Eesti_Vabariigi_Tartu_Ulikool, lk 4
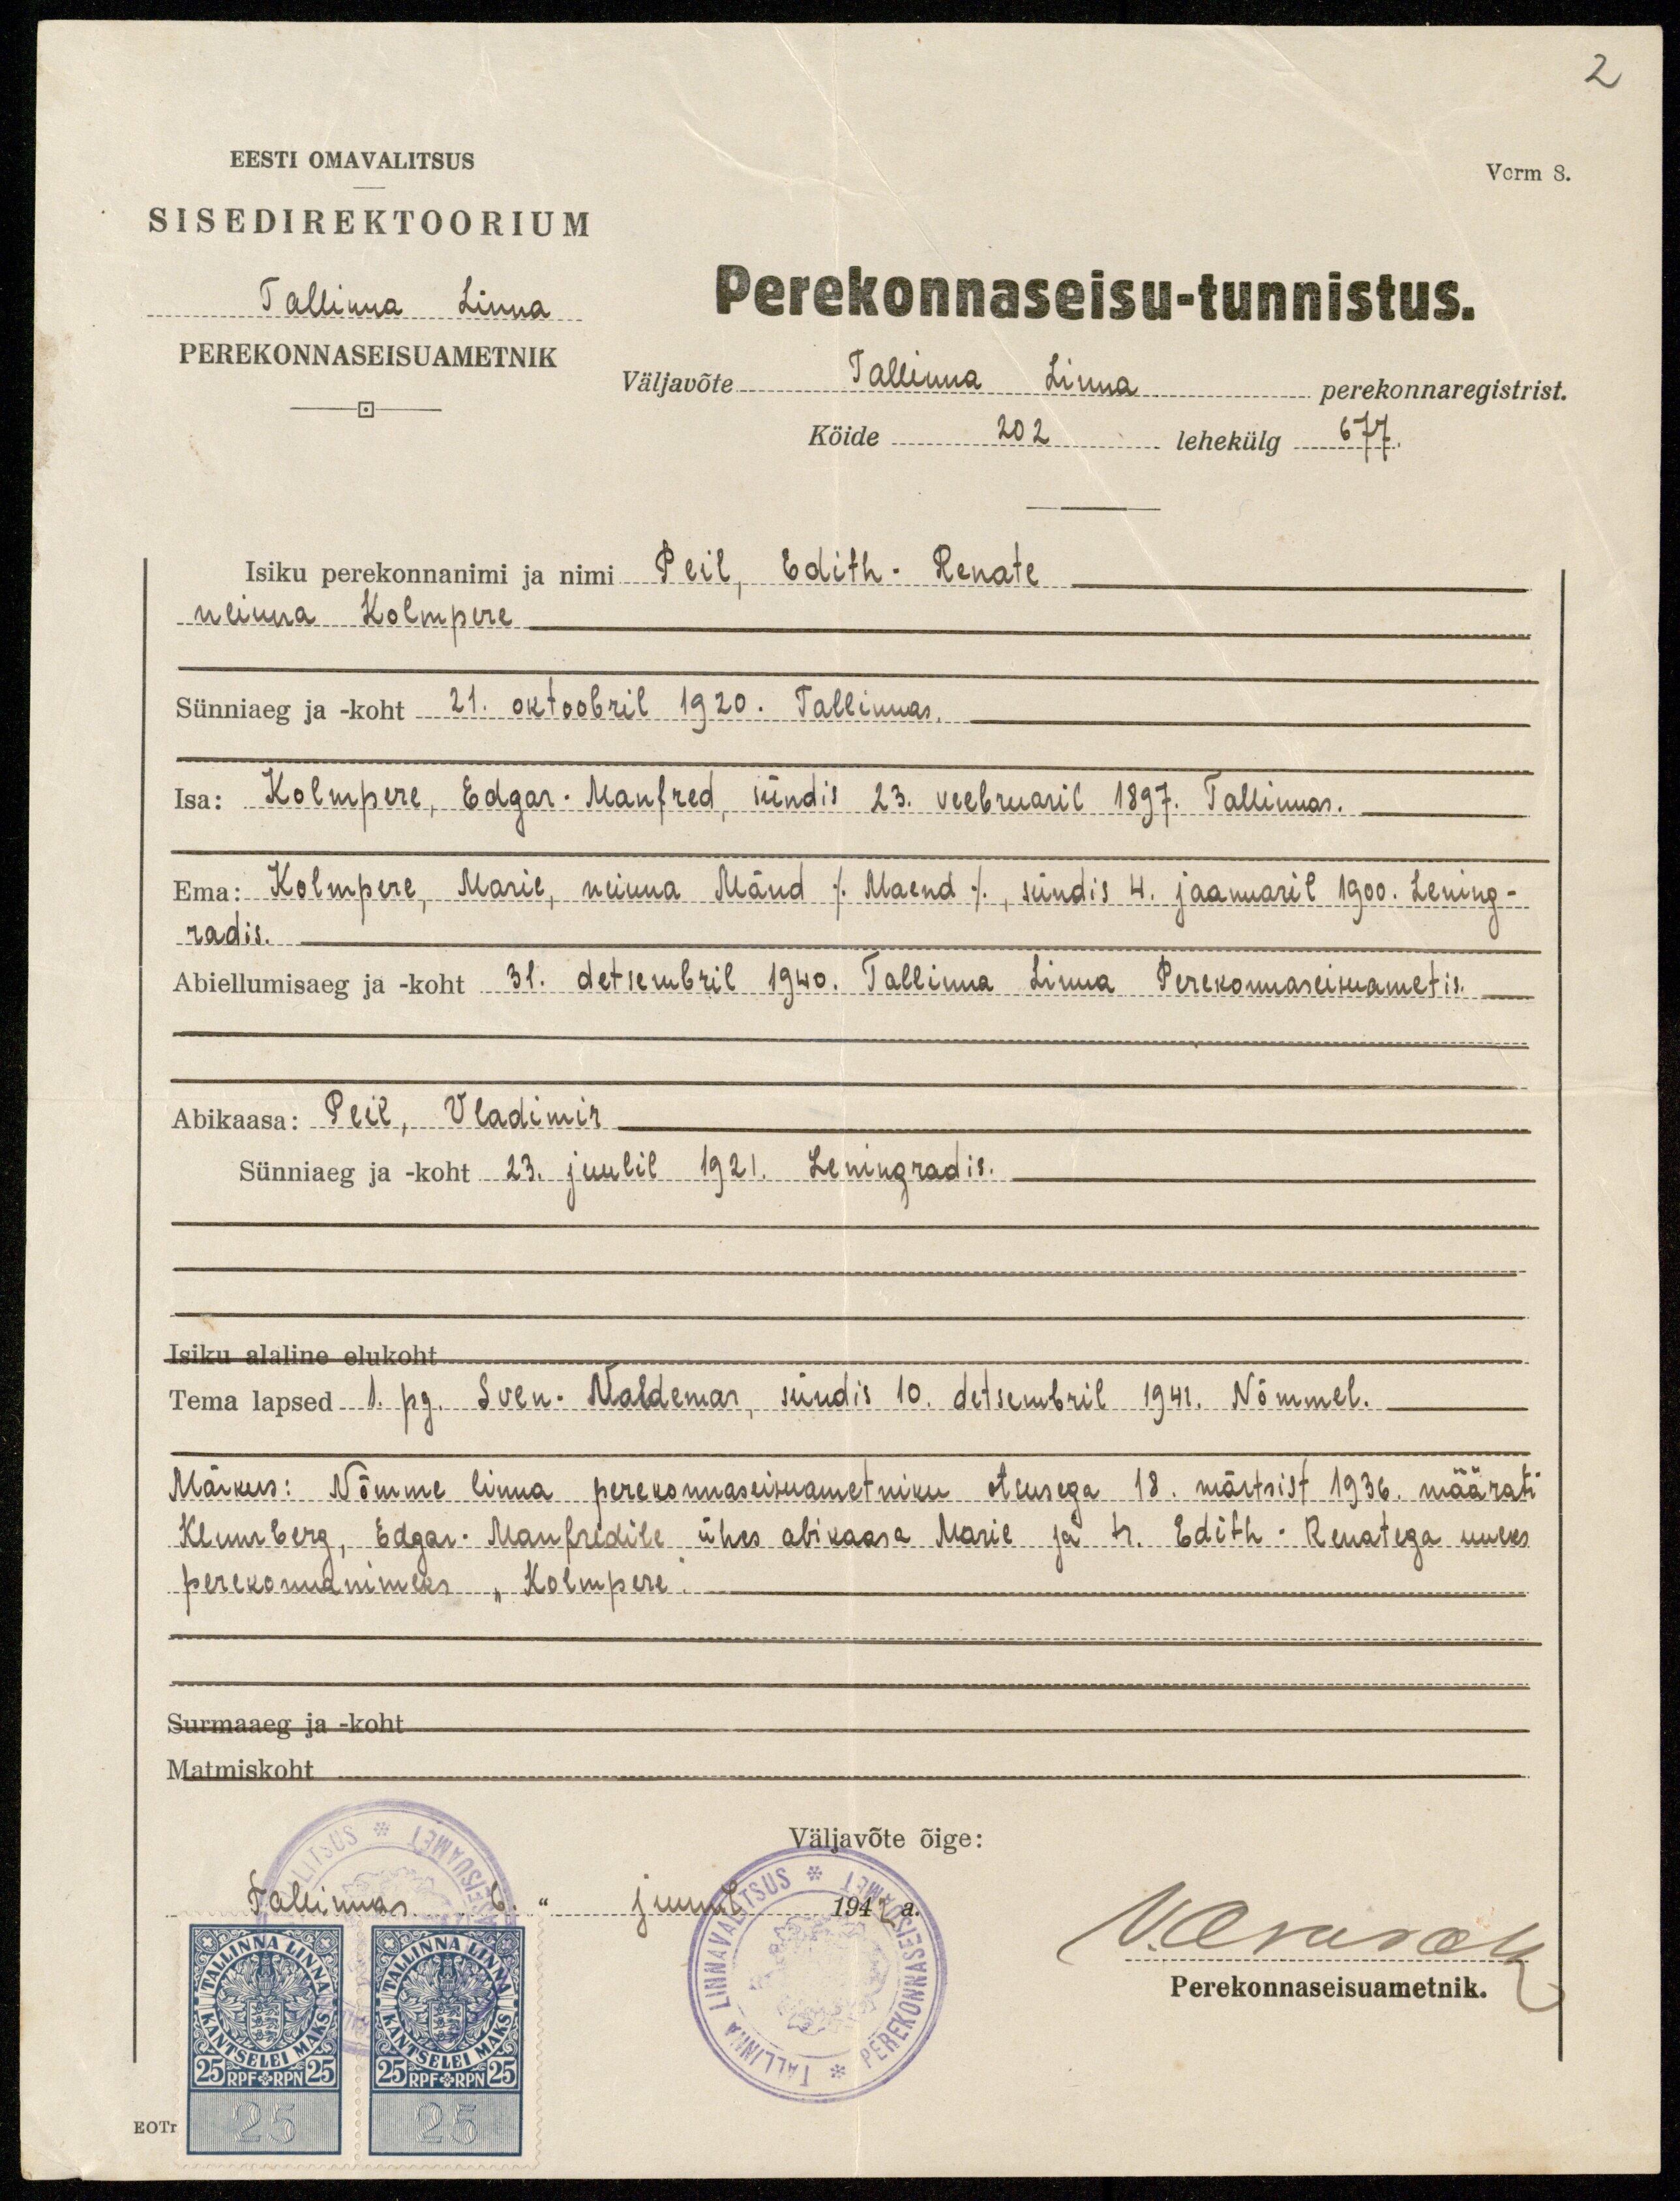
2
Vorm 8.
EESTI OMAVALTSUS
SISEDIREKTOORIUM
Tallinna Linna
PEREKONNASEISUAMETNIK
Perekonnaseisu-tunnistus.
Väljavõte Tallinna Linna perekonnaregistrist.
Köide 202 lehekülg 677.
Isiku perekonnanimi ja nimi Peil, Edith-Renate
neiuna Kolmpere
Sünniaeg ja -koht 21. oktoobril 1920. Tallinnas.
Isa: Kolmpere, Edgar-Manfred, sündis 23. veebruaril 1897. Tallinnas.
Ema: Kolmpere, Marie, neiuna Mänd / Maend/, sündis 4. jaanuaril 1900. Lening-
radis.
Abiellumisaeg ja -koht 31. detsembril 1940. Tallinna Linna Perekonnasenaametis.
Abikaasa: Peil, Vladimir
Sünniaeg ja -koht 23. juulil 1921. Leningradis.
Isiku alaline elukoht
Tema lapsed 1. pg. Sven- Valdemar, sündis 10. detsembril 1941. Nõmmel.-
Märkus: Nõmme linna perekonnaseisuametniku otsusega 18. märtsist 1936. määrati
Klumberg, Edgar-Manfreldile ühes abikaasa Marie ja tr. Edith. Renatega uueks
perekonnanimeks "Kolmpere"
Surmaaeg ja -koht
Matmiskoht
Väljavõte õige:
tallinnas "6." juuni 1942 a.
V. Aresok
Perekonnaseisuametnik.